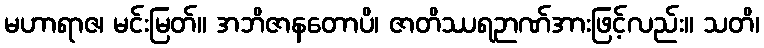
မဟာရာဇ၊ မင်းမြတ်။ အဘိဇာနတောပိ၊ ဇာတိဿရဉာဏ်အားဖြင့်လည်း။ သတိ၊